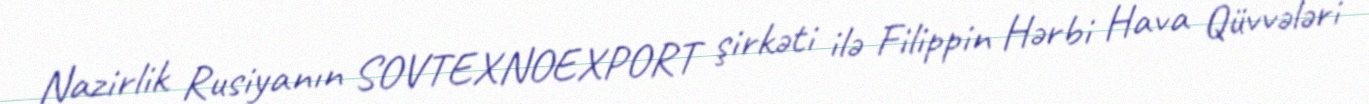
Nazirlik Rusiyanın SOVTEXNOEXPORT şirkəti ilə Filippin Hərbi Hava Qüvvələri